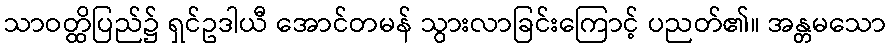
သာဝတ္ထိပြည်၌ ရှင်ဥဒါယီ အောင်တမန် သွားလာခြင်းကြောင့် ပညတ်၏။ အန္တမသော